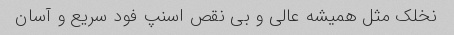
نخلک مثل همیشه عالی و بی نقص اسنپ فود سریع و آسان